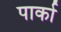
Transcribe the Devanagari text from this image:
पार्का